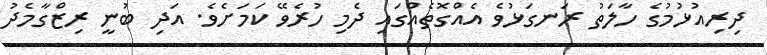
ދިރިއުޅުމުގެ ހާލަތު ރަނގަޅުވެ އެއްގޮތެއްގައި ދެމި ހުރެވޭ ކަމަށެވެ. އަދި ބުނީ ރިޒްގާމެދު